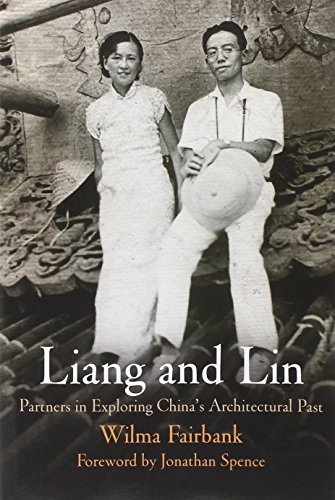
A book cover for Liang and Lin: Partners in Exploring China's Architectural Past; Wilma Fairbank; Biographies & Memoirs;